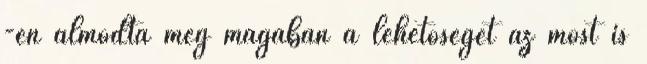
-én álmodta meg magában a lehetőséget az most is